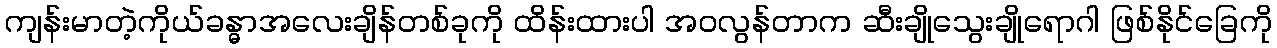
ကျန်းမာတဲ့ကိုယ်ခန္ဓာအလေးချိန်တစ်ခုကို ထိန်းထားပါ အဝလွန်တာက ဆီးချိုသွေးချိုရောဂါ ဖြစ်နိုင်ခြေကို